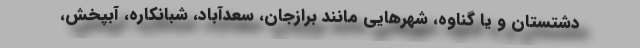
دشتستان و یا گناوه، شهرهایی مانند برازجان، سعدآباد، شبانکاره، آبپخش،